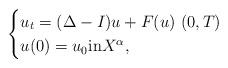
LaTeX: \begin{align*}\begin{cases}u_{t}=(\Delta-I) u + F(u) \,\, (0, T) \\u(0)=u_{0}{\rm in}X^\alpha,\end{cases}\end{align*}